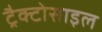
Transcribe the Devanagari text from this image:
ट्रैक्टोसाइल